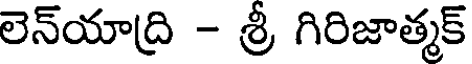
లెన్యాద్రి - శ్రీ గిరిజాత్మక్